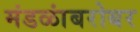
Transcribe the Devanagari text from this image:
मंडळांबरोबर